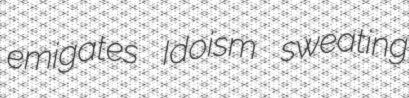
emigates Idoism sweating